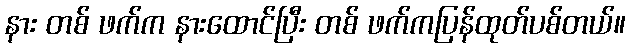
နား တစ် ဖက်က နားထောင်ပြီး တစ် ဖက်ကပြန်ထုတ်ပစ်တယ်။